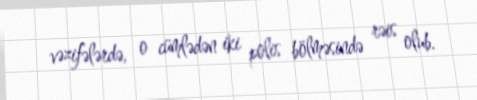
vəzifələrdə, o cümlədən iki polis bölməsində rəis olub.